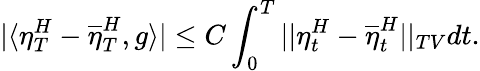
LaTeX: |\langle\eta_{T}^{H}-\overline{{\eta}}_{T}^{H},g\rangle|\leq C\int_{0}^{T}||\eta_{t}^{H}-\overline{{\eta}}_{t}^{H}||_{TV}dt.